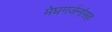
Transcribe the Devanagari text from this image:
मेघगर्जनांसह